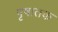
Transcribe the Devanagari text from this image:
पृषातक